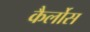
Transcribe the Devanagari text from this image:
कैर्लोस